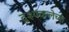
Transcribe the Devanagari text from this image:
दृश्यकलेच्या